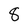
Character: 8